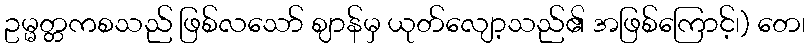
ဥမ္မတ္တကစသည် ဖြစ်လသော် ဈာန်မှ ယုတ်လျော့သည်၏ အဖြစ်ကြောင့်၊) တေ၊